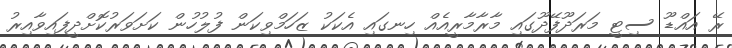
ރޭ އައްޑޫ ސިޓީ މަރަދޫފޭދޫގައި މާރާމާރީއެއް ހިނގައި އެކަކު ޒަހަމްވިކަން ފުލުހުން ކަށަވަރުކޮށްދީފައިވާއިރު